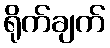
ရိုက်ချက်